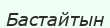
Бастайтын